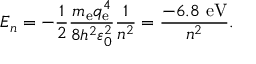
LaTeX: E _ { n } = - { \frac { 1 } { 2 } } { \frac { m _ { \mathrm { e } } q _ { \mathrm { e } } ^ { 4 } } { 8 h ^ { 2 } \varepsilon _ { 0 } ^ { 2 } } } { \frac { 1 } { n ^ { 2 } } } = { \frac { - 6 . 8 ~ \mathrm { e V } } { n ^ { 2 } } } .